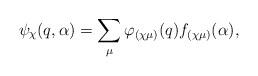
LaTeX: \begin{align*}\psi_{\chi}(q,\alpha) = \sum_{\mu} \varphi_{(\chi \mu)}(q) f_{(\chi \mu)}(\alpha), \end{align*}